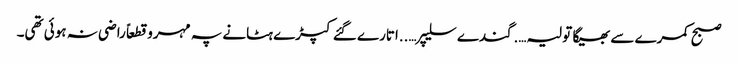
صبح کمرے سے بھیگا تولیہ….گندے سلیپر…..اتارے گئے کپڑے ہٹانے پہ مہرو قطعاً راضی نہ ہوئی تھی۔